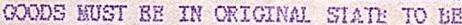
GOODS MUST BE IN ORIGINAL STATE TO BE